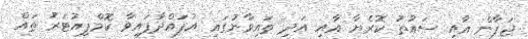
ޖަޕާން އާއި ސައުތު ކޮރެޔާ އާއި އަދި ތައިވާނުގައި އުފައްދާފައިވާ ކޮމްޕިއުޓަރު ތައް